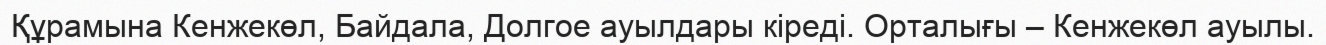
Құрамына Кенжекөл, Байдала, Долгое ауылдары кіреді. Орталығы – Кенжекөл ауылы.